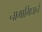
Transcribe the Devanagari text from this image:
नामाभिधाने